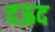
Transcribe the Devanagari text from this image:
दऊद